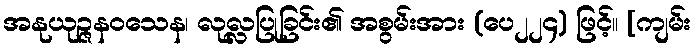
အနုယုဉ္ဇနဝသေန၊ လုလ္လပြုခြင်း၏ အစွမ်းအား (ပေ၂၂၄) ဖြင့်။ [ကျမ်း